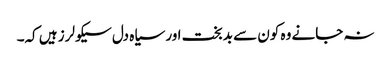
نہ جانے وہ کون سے بدبخت اور سیاہ دل سیکولرز ہیں کہ۔